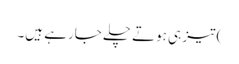
) تیز ہی ہوتے چلے جارہے ہیں۔